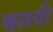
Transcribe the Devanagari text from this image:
बलवी